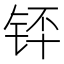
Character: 𬭃